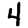
Digit: 4